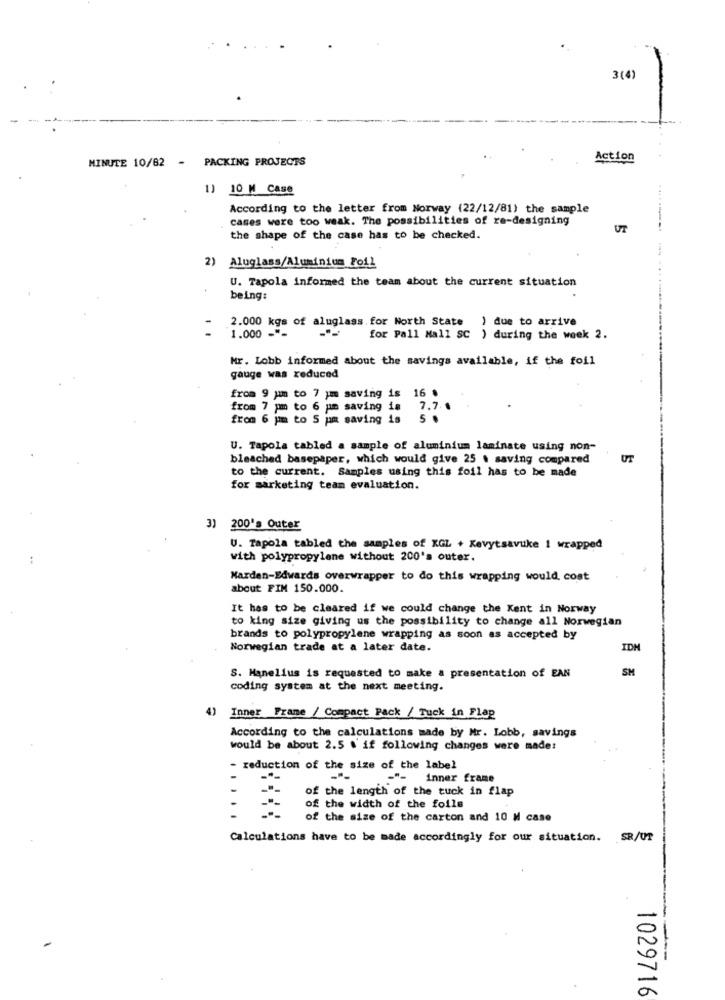
3(4)
MINUTE 10/82 - PACKING PROJECTS
Action
1) 10 M Case
According to the letter from Norway (22/12/81) the sample
cases were too weak. The possibilities of re-designing
UT
the shape of the case has to be checked.
2) Aluglass/Aluminium Foil
U. Tapola informed the team about the current situation
......
being:
2.000 kgs of aluglass for North State ) due to arrive
1.000 ---
for Pall Mall SC ) during the week 2.
Mr. Lobb informed about the savings available, if the foil
gauge was reduced
from 9 um to 7 pm saving is 16 .
from 7 pm to 6 pm saving is 7.7 .
from 6 pm to 5 pm saving is 5 .
U. Tapola tabled a sample of aluminium laminate using non-
bleached basepaper, which would give 25 . saving compared
UT
to the current. Samples using this foil has to be made
for marketing team evaluation.
3) 200's Outer
U. Tapola tabled the samples of KGL + Kevytsavuke 1 wrapped
with polypropylene without 200's outer.
Narden-Edwards overwrapper to do this wrapping would, cost
about FIM 150.000.
It has to be cleared if we could change the Kent in Norway
to king size giving us the possibility to change all Norwegian
brands to polypropylene wrapping as soon as accepted by
Norwegian trade at a later date.
IDN
SH
S. Manelius is requested to make a presentation of EAN
coding system at the next meeting.
4)
Inner Frame / Compact Pack / Tuck in Flap
According to the calculations made by Mr. Lobb, savings
would be about 2.5 . if following changes were made:
- reduction of the size of the label
-"- inner frame
of the length of the tuck in flap
-
of the width of the foils
of the size of the carton and 10 M case
Calculations have to be made accordingly for our situation. SR/UT
----
1029716